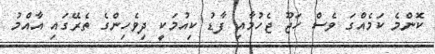
ކޮންމެ ކަމެއްގަ ވެސް ހަޖޫ ޖެހުމާއި ފާޑު ކިއުމަކީ ދިވެހިންގެ ތެރޭގައި އާއްމު